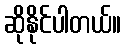
ဆိုနိုင်ပါတယ်။